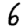
Digit: 6